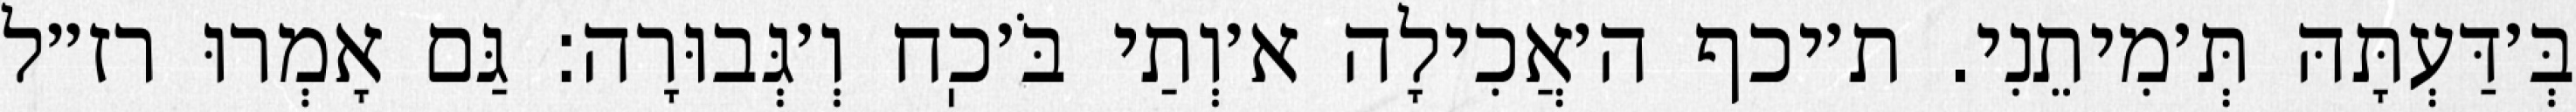
בְּ׳דַּעְתָּהּ תְּ׳מִיתֵנִי. ת׳יכף ה׳אֲכִילָה א׳וְתַי בֹּ׳כֽח וְ׳גְּבוּרָה: גַּם אָמְרוּ רז״ל